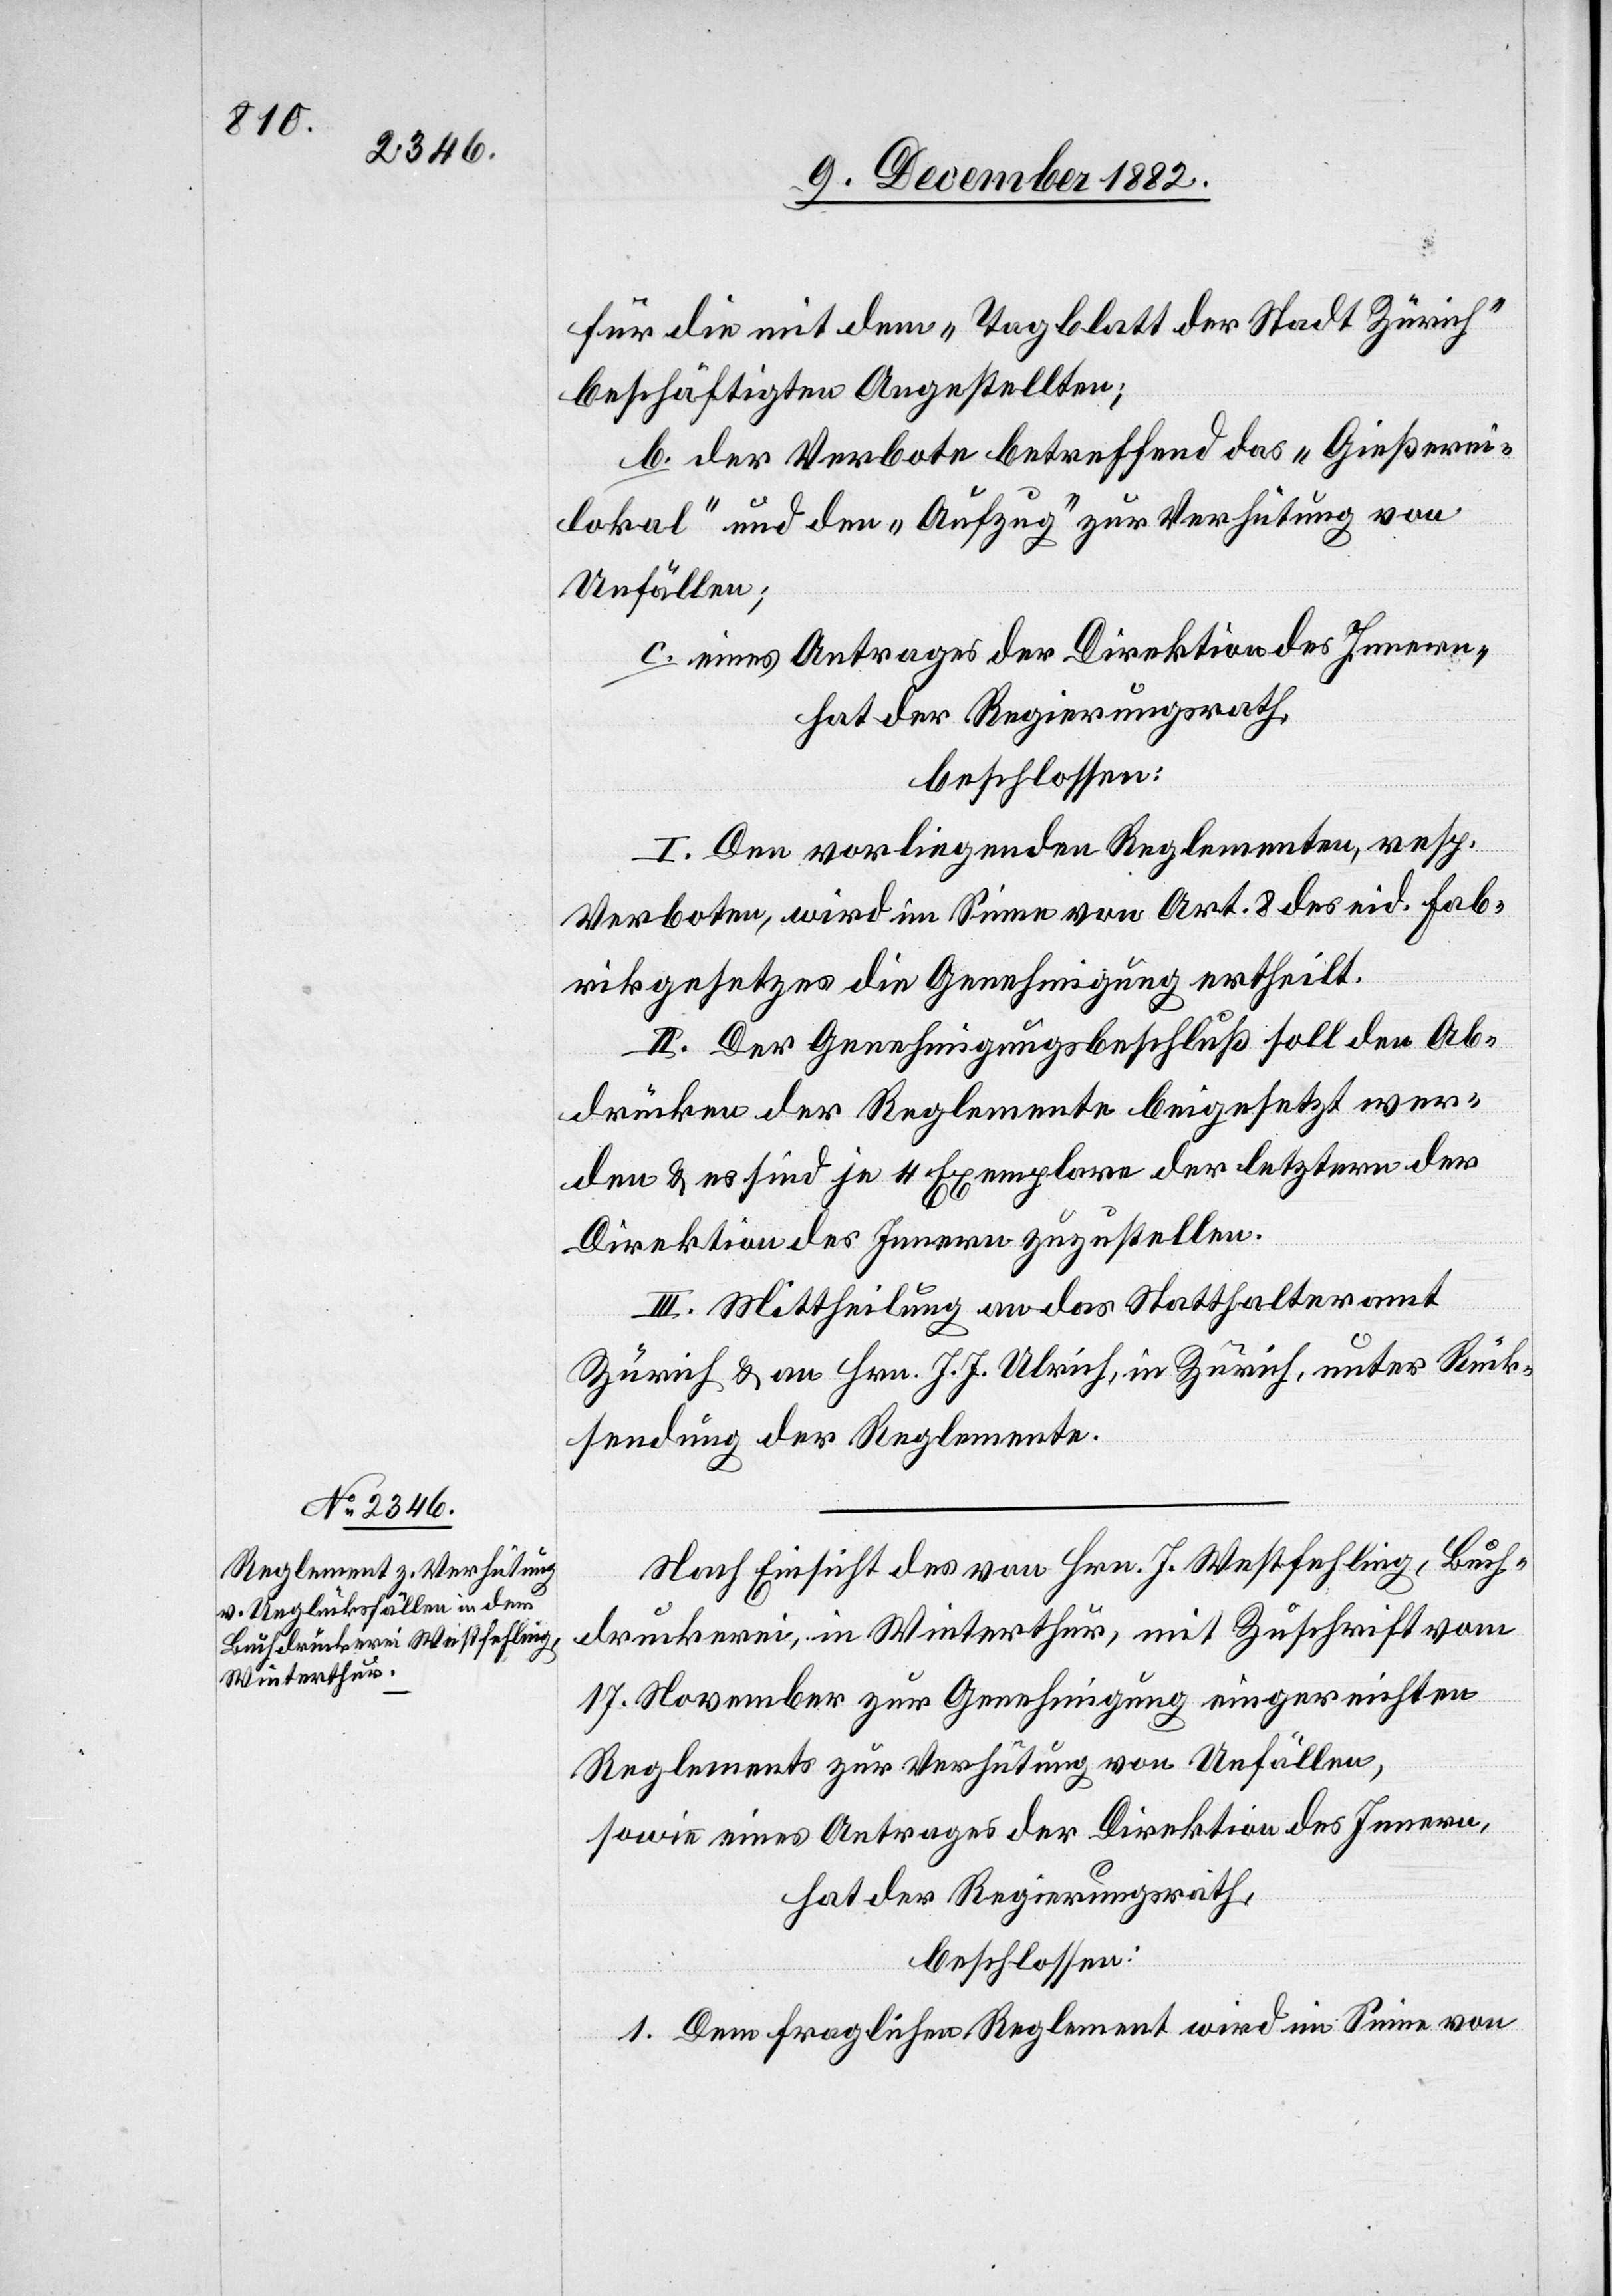
für die mit dem „Tagblatt der Stadt Zürich“
beschäftigten Angestellten;
b. der Verbote betreffend das „Gießerei¬
lokal“ und den „Aufzug“ zur Verhütung von
Unfällen;
c. eines Antrages der Direktion des Innern,
hat der Regierungsrath,
beschlossen:
I. Den vorliegenden Reglementen, resp.
Verboten, wird im Sinne von Art. 8 des eid. Fab¬
rikgesetzes die Genehmigung ertheilt.
II. Der Genehmigungsbeschluß soll den Ab¬
drücken der Reglemente beigesetzt wer¬
den & es sind je 4 Exemplare der letztern der
Direktion des Innern zuzustellen.
III. Mittheilung an das Statthalteramt
Zürich & an Hrn. J. J. Ulrich, in Zürich, unter Rück¬
sendung der Reglemente.
Nach Einsicht des von Hrn. J. Westfehling, Buch¬
druckerei, in Winterthur, mit Zuschrift vom
17. November zur Genehmigung eingereichten
Reglements zur Verhütung von Unfällen,
sowie eines Antrages der Direktion des Innern,
hat der Regierungsrath,
beschlossen:
1. Dem fraglichen Reglement wird im Sinne von